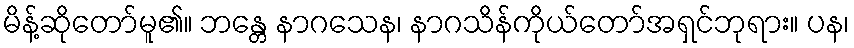
မိန့်ဆိုတော်မူ၏။ ဘန္တေ နာဂသေန၊ နာဂသိန်ကိုယ်တော်အရှင်ဘုရား။ ပန၊